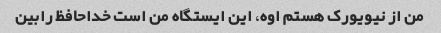
من از نیویورک هستم اوه، این ایستگاه من است خداحافظ رابین